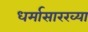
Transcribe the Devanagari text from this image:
धर्मासारख्या